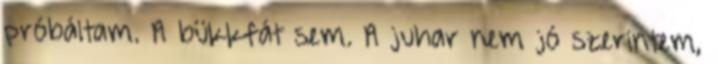
próbáltam. A bükkfát sem. A juhar nem jó szerintem,